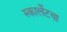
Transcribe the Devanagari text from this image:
स्कार्लेटचा